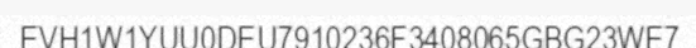
EVH1W1YUU0DEU7910236F3408065GBG23WE7